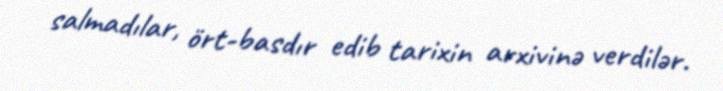
salmadılar, ört-basdır edib tarixin arxivinə verdilər.